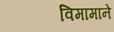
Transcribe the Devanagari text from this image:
विमामाने